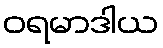
ဝရမာဒါယ